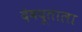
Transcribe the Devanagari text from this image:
देवदूताला